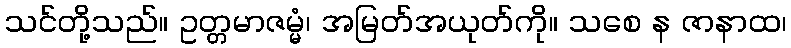
သင်တို့သည်။ ဥတ္တမာဇမ္မံ၊ အမြတ်အယုတ်ကို။ သစေ န ဇာနာထ၊